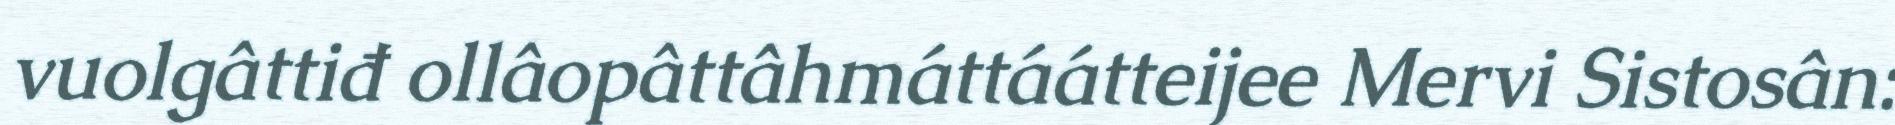
vuolgâttiđ ollâopâttâhmáttáátteijee Mervi Sistosân: